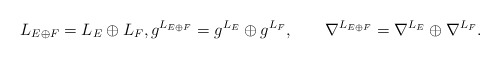
\begin{align*}L_{E\oplus F}=L_E\oplus L_F,g^{L_{E\oplus F}}=g^{L_E}\oplus g^{L_F},\qquad\nabla^{L_{E\oplus F}}=\nabla^{L_E}\oplus\nabla^{L_F}.\end{align*}